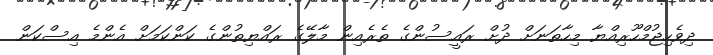
ދިވެހިޖުމްހޫރިއްޔާ މިހާތަނަށް ދުށް ރައީސުންގެ ތެރެއިން މާލޭގެ ރައްޔިތުންގެ ކަންކަމަށް އެންމެ އިސްކަން